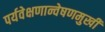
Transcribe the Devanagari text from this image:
पर्यवेक्षणान्वेषणमुखी